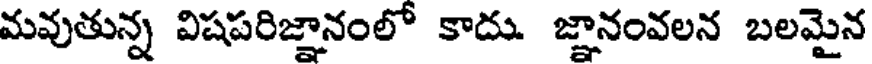
మవుతున్న విషపరిజ్ఞానంలో కాదు. జ్ఞానంవలన బలమైన